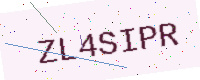
Text: ZL4SIPR